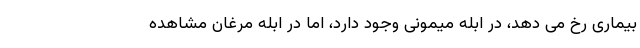
بیماری رخ می دهد، در ابله میمونی وجود دارد، اما در ابله مرغان مشاهده